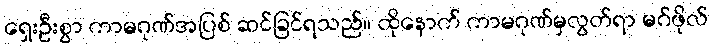
ရှေးဦးစွာ ကာမဂုဏ်အပြစ် ဆင်ခြင်ရသည်။ ထိုနောက် ကာမဂုဏ်မှလွတ်ရာ မဂ်ဖိုလ်